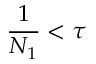
\frac { 1 } { N _ { 1 } } < \tau